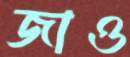
জাও